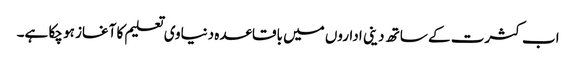
اب کثرت کے ساتھ دینی اداروں میں باقاعدہ دنیاوی تعلیم کا آغاز ہو چکا ہے۔